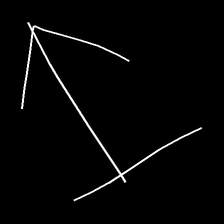
Glyph: levitation